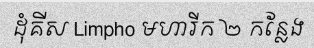
ដុំគីស Limpho មហារីក ២ កន្លែង